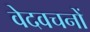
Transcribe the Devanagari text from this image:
वेदवचनों